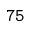
\mathtt { 7 5 }